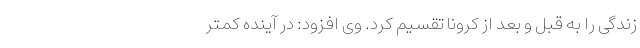
زندگی را به قبل و بعد از کرونا تقسیم کرد. وی افزود: در آینده کمتر